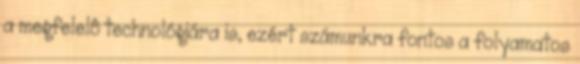
a megfelelô technológiára is, ezért számunkra fontos a folyamatos